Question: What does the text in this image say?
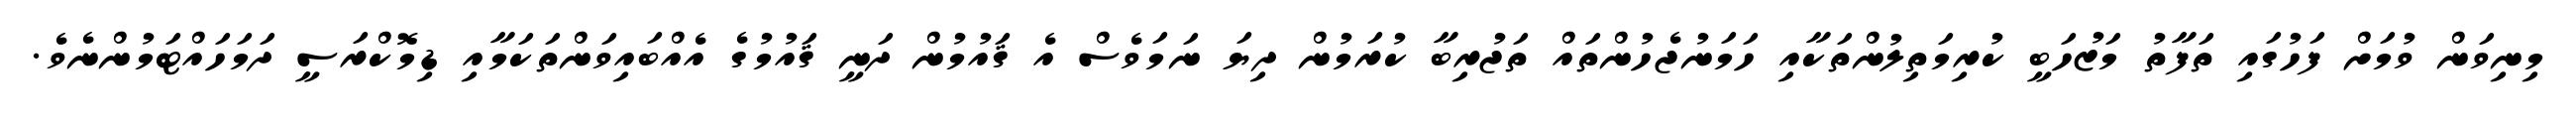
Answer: މިނިވަން ވުމަށް ފަހުގައި ތަފާތު މަޒުހަބީ ކުރިމަތިލުންތަކާއި ހަމަނުޖެހުންތައް ތަޖުރިބާ ކުރަމުން ދިޔަ ނަމަވެސް އެ ޤައުމުން ދަނީ ޤައުމުގެ އެއްބައިވަންތަކަމާއި ޑިމޮކްރަސީ ދަމަހައްޓަމުންނެވެ.